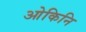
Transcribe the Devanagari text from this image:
ओकिनि